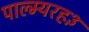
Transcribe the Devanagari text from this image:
पाल्म्यरह३